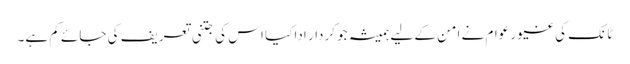
ٹانک کی غیور عوام نے امن کے لیے ہمیشہ جو کردار ادا کیا اس کی جتنی تعریف کی جائے کم ہے۔